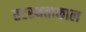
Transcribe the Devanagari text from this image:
तटस्थताकाल